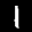
Label: 1